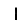
Digit: 1